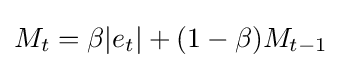
M_{t}=\beta |e_{t}|+(1-\beta )M_{t-1}